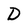
Character: D